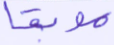
موبقا